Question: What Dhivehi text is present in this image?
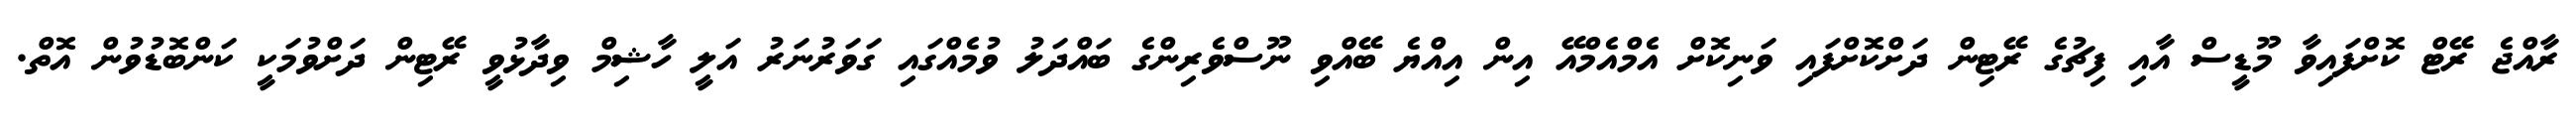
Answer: ރާއްޖެ ރޭޓް ކޮށްފައިވާ މޫޑީސް އާއި ފިޗުގެ ރޭޓިން ދަށްކޮށްފައި ވަނިކޮށް އެމްއެމްއޭ އިން އިއްޔެ ބޭއްވި ނޫސްވެރިންގެ ބައްދަލު ވުމެއްގައި ގަވަރުނަރު އަލީ ހާޝިމް ވިދާޅުވީ ރޭޓިން ދަށްވުމަކީ ކަންބޮޑުވުން އޮތް.